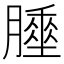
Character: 𦡘